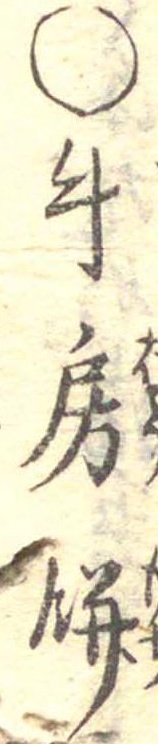
○牛房餅